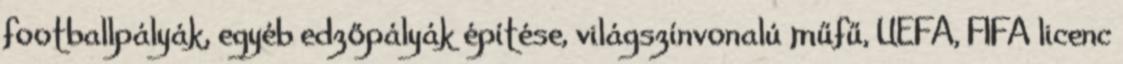
footballpályák, egyéb edzőpályák építése, világszínvonalú műfű, UEFA, FIFA licenc